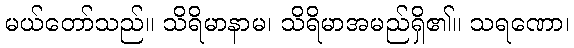
မယ်တော်သည်။ သိရိမာနာမ၊ သိရိမာအမည်ရှိ၏။ သရဏော၊